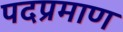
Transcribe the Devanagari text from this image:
पदप्रमाण